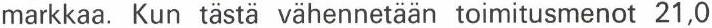
markkaa. Kun tästä vähennetään toimitusmenot 21,0